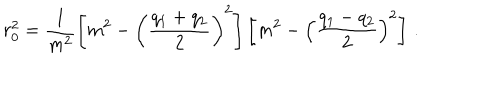
r _ { 0 } ^ { 2 } = \frac { 1 } { m ^ { 2 } } \left[ m ^ { 2 } - \left( \frac { q _ { 1 } + q _ { 2 } } { 2 } \right) ^ { 2 } \right] \left[ m ^ { 2 } - \left( \frac { q _ { 1 } - q _ { 2 } } { 2 } \right) ^ { 2 } \right] \, .